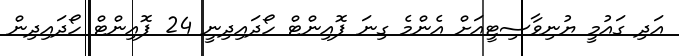
އަދި ގައުމީ ޔުނިވާސިޓީއަށް އެންމެ ގިނަ ޕޮއިންޓް ހޯދައިދިނީ 24 ޕޮއިންޓް ހޯދައިދިން